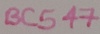
Text: BC547